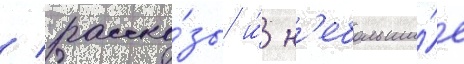
/ расска́зы и́ н'ебольши́е